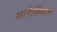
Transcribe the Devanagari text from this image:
मलेसियन